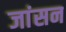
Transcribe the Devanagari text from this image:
जांसन